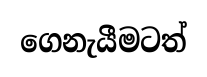
ගෙනැයීමටත්